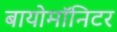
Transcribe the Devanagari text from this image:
बायोमाॅनिटर